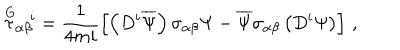
LaTeX: \stackrel { \mathrm { G } } { \tau } _ { \alpha \beta } { } ^ { \! i } = \frac { 1 } { 4 m i } \left[ \left( D ^ { i } \overline { { { \Psi } } } \right) \sigma _ { \alpha \beta } \Psi - \overline { { { \Psi } } } \sigma _ { \alpha \beta } \left( D ^ { i } \Psi \right) \right] \, ,